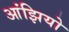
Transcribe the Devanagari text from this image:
आंझियो